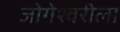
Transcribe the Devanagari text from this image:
जोगेश्वरीला